Investigations on Bengal jail dietaries - Number 37
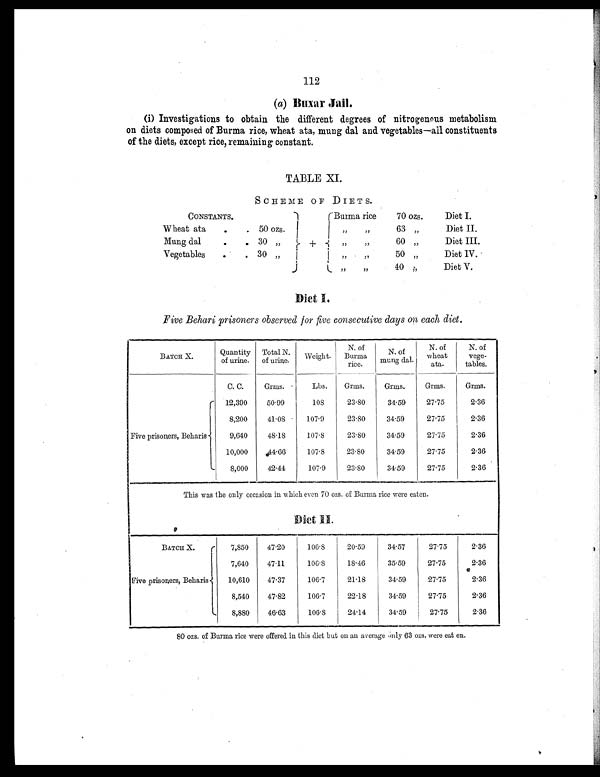
112
(a) Buxar Jail.
(i) Investigations to obtain the different degrees of nitrogenous metabolism
on diets composed of Burma rice, wheat ata, mung dal and vegetables—all constituents
of the diets, except rice, remaining constant.
TABLE XI.
SCHEME OF DIETS.
CONSTANTS.
Burma rice
70 ozs.
Diet I.
Wheat ata
.
. 50 ozs.
„ „
63 „
Diet II.
Mung dal
.
. 30 „
+
„ „
60 „
Diet III.
Vegetables .
. 30 „
„ „
50 „
Diet IV.
„ „
40 „
Diet V.
Diet I.
Five Behari prisoners observed for five consecutive days on each diet.
BATCH X.
Quantity
of urine.
Total N.
of urine. Weight.
N. of
Burma
rice.
N. of
mung dal.
N. of
wheat
ata.
N. of
vege-
tables.
C. C.
Grms.
Lbs. Grms.
Grms.
Grms.
Grms.
Five prisoners, Beharis
12,390
50.99
108
23.80
34.59
27.75
2.36
8,200
41.08
107.9
23.80
34.59
27.75
2.36
9,640
48.18
107.8
23.80
34.59
27.75
2.36
10,000 44.66
107.8
23.80
34.59
27.75
2.36
8,000
42.44
107.9
23.80
34.59
27.75
2.36
This was the only occasion in which even 70 ozs. of Burma rice were eaten.
Diet II.
BATCH X.
7,850
47.20
106.8
20.59
34.57
27.75
2.36
7,640
47.11
106.8
18.46
35.59
27.75
2.36
Five prisoners, Beharis
10,610 47.37
106.7
21.18
34.59
27.75
2.36
8,540
47.82
106.7
22 18
34.59
27.75
2.36
8,880
46.63
106.8
24.14
34.59
27.75
2.36
80 ozs. of Burma rice were offered in this diet but on an average only 63 ozs. were eat en.